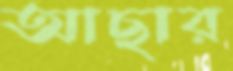
আছার